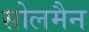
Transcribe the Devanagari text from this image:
सोलमैन